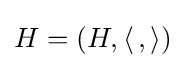
H=(H,\langle \,,\rangle )